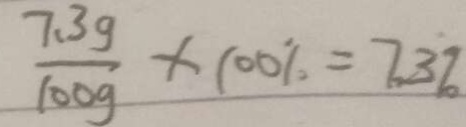
\frac { 7 . 3 g } { 1 0 0 g } \times 1 0 0 \% = 7 . 3 \%